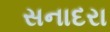
સનાદરા